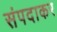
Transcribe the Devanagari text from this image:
संपदाकर